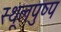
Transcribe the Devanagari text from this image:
स्थूलपुष्प